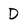
Character: D